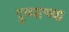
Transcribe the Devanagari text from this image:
दुव्याच्या